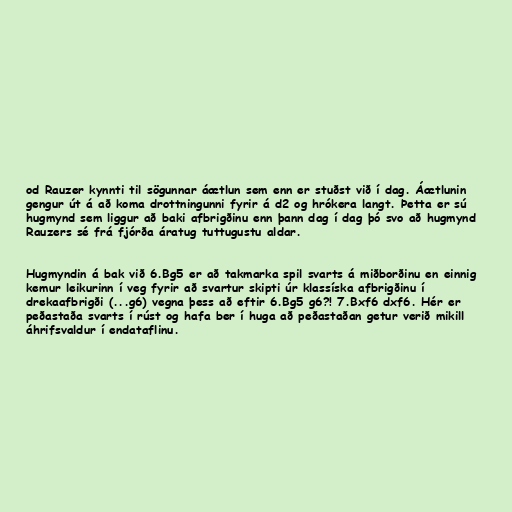
od Rauzer kynnti til sögunnar áætlun sem enn er stuðst við í dag. Áætlunin
gengur út á að koma drottningunni fyrir á d2 og hrókera langt. Þetta er sú
hugmynd sem liggur að baki afbrigðinu enn þann dag í dag þó svo að hugmynd
Rauzers sé frá fjórða áratug tuttugustu aldar.

Hugmyndin á bak við 6.Bg5 er að takmarka spil svarts á miðborðinu en einnig
kemur leikurinn í veg fyrir að svartur skipti úr klassíska afbrigðinu í
drekaafbrigði (...g6) vegna þess að eftir 6.Bg5 g6?! 7.Bxf6 dxf6. Hér er
peðastaða svarts í rúst og hafa ber í huga að peðastaðan getur verið mikill
áhrifsvaldur í endataflinu.